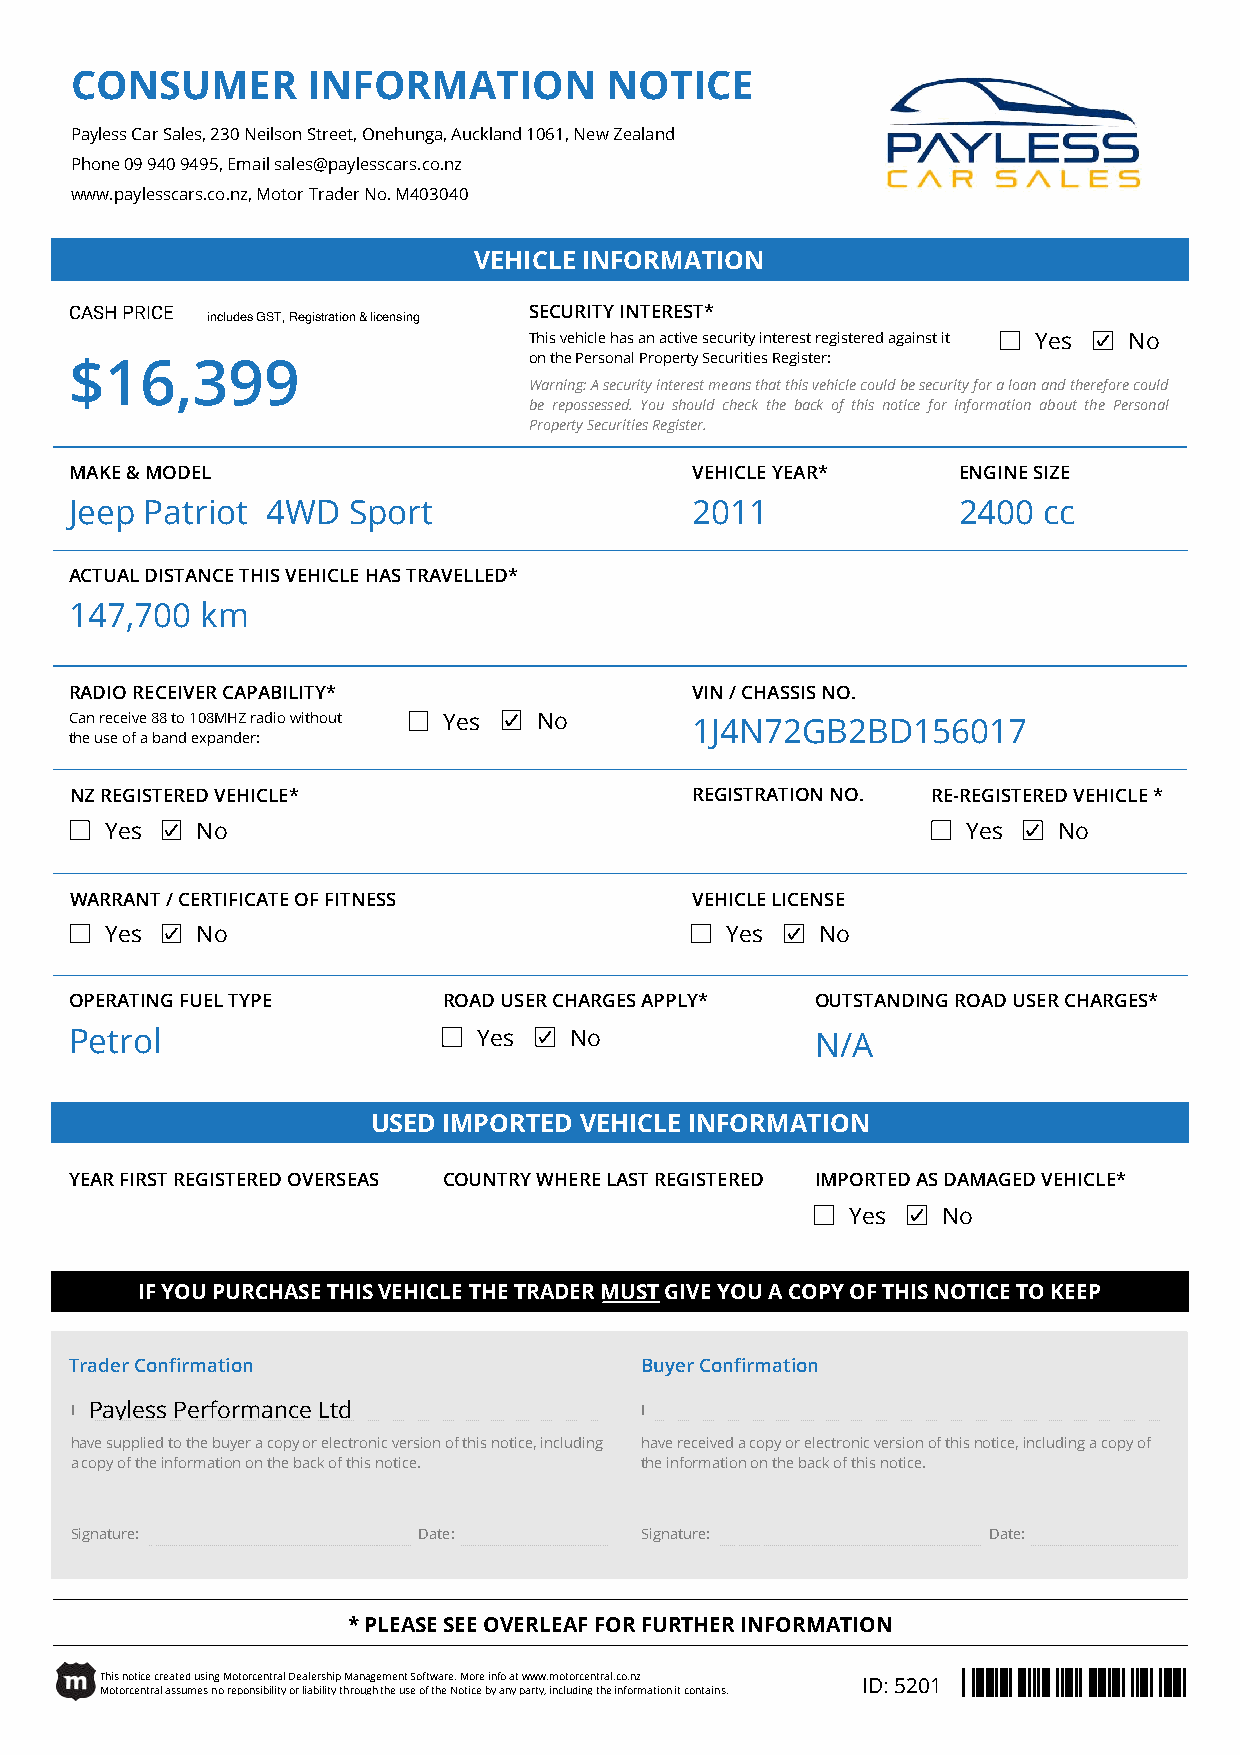
CONSUMER       INFORMATION         NOTICE
 Payless Car Sales, 230 Neilson Street, Onehunga, Auckland 1061, New Zealand
 Phone 09 940 9495, Email sales@paylesscars.co.nz
 www.paylesscars.co.nz, Motor Trader No. M403040
 VEHICLE INFORMATION
 CASH PRICE                    SECURITY INTEREST*
 includes GST, Registration & licensing
 This vehicle has an active security interest registered against it Yes No
 on the Personal Property Securities Register:
 $16,399
 Warning:Asecurityinterestmeansthatthisvehiclecouldbesecurityforaloanandthereforecould
 be repossessed. You should check the back of this notice for information about the Personal
 Property Securities Register.
 MAKE & MODEL                             VEHICLE YEAR*    ENGINE SIZE
 Jeep Patriot 4WD  Sport                  2011             2400  cc
 ACTUAL DISTANCE THIS VEHICLE HAS TRAVELLED*
 147,700 km
 RADIO RECEIVER CAPABILITY*               VIN / CHASSIS NO.
 Can receive 88 to 108MHZ radio without Yes No 1J4N72GB2BD156017
 the use of a band expander:
 NZ REGISTERED VEHICLE*                   REGISTRATION NO. RE-REGISTERED VEHICLE *
 Yes   No                                                 Yes   No
 WARRANT / CERTIFICATE OF FITNESS         VEHICLE LICENSE
 Yes   No                                 Yes   No
 OPERATING FUEL TYPE     ROAD USER CHARGES APPLY* OUTSTANDING ROAD USER CHARGES*
 Petrol                     Yes   No              N/A
 USED IMPORTED VEHICLE INFORMATION
 YEAR FIRST REGISTERED OVERSEAS COUNTRY WHERE LAST REGISTERED IMPORTED AS DAMAGED VEHICLE*
 Yes   No
 IF YOU PURCHASE THIS VEHICLE THE TRADER MUST GIVE YOU A COPY OF THIS NOTICE TO KEEP
 Trader Confirmation                  Buyer Confirmation
 I Payless Performance Ltd            I
 have supplied to the buyer a copy or electronic version of this notice, including have received a copy or electronic version of this notice, including a copy of
 a copy of the information on the back of this notice. the information on the back of this notice.
 Signature:             Date:         Signature:             Date:
 * PLEASE SEE OVERLEAF FOR FURTHER INFORMATION
 This notice created using Motorcentral Dealership Management Software. More info at www.motorcentral.co.nz ID: 5201
 Motorcentral assumes no reponsibility or liability through the use of the Notice by any party, including the information it contains.